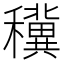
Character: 䆊